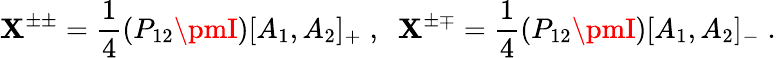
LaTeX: \mathbf{X}^{\pm\pm}=\frac{{1}}{{4}}(P_{12}\pmI)[A_{1},A_{2}]_{+}\; ,\; \; \mathbf{X}^{\pm\mp}=\frac{{1}}{{4}}(P_{12}\pmI)[A_{1},A_{2}]_{-}\; .